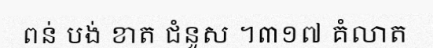
ពន់ បង់ ខាត ជំនួស ។៣១៧ គំលាត